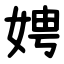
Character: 娉